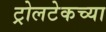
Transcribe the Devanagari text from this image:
ट्रोलटेकच्या